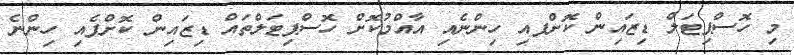
މި ހޮސްޕިޓަލް ޑިޒައިން ކޮށްފއި ހިންނެއި އާއްމުކޮށް ހޮސްޕިޓަލްތައް ޑިޒައިން ކޮށްފެއި ހިންނެ